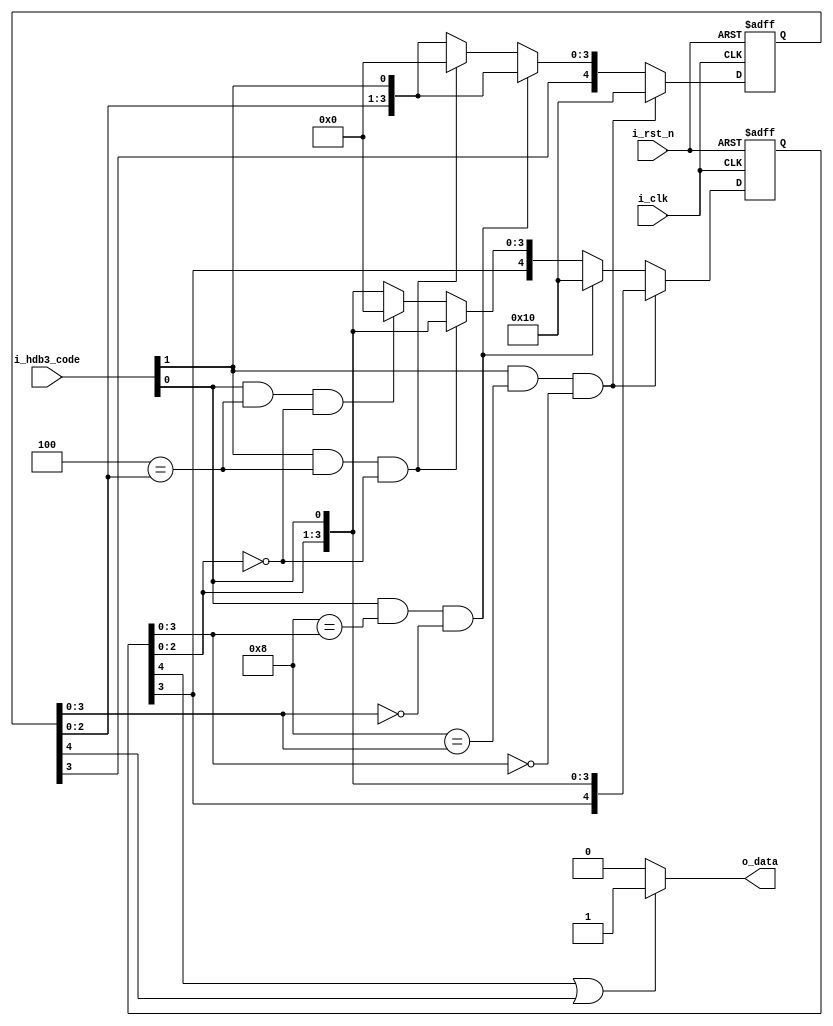
//*******************************FILE HEAD**************************************
//*********************Verilog HDL *********************
// FUNCTION        : HDB3
// AUTHOR          : 
// DATE & REVISION : 
// COMPANY         : Verilog HDL 
// UPDATE          :
//******************************************************************************
`timescale 1ns/1ns

module hdb3_decode
    (
        input i_rst_n, //
        input i_clk, //
        
        input [1 : 0] i_hdb3_code,
        output o_data   
    );
    
    //o_data
    reg [4 : 0] r_hdb3_plus;
    reg [4 : 0] r_hdb3_minus;

    
    assign o_data = (1'b1 == r_hdb3_minus[4] || 1'b1 == r_hdb3_plus[4])? 1'b1 : 1'b0;
    
    always @(posedge i_clk, negedge i_rst_n) 
    begin
        if(1'b0 == i_rst_n)
        begin
            r_hdb3_plus <= 5'b00000;
            r_hdb3_minus <= 5'b00000;
        end
        else
        begin
            if(1'b1 == i_hdb3_code[1] && 4'b1000 == r_hdb3_plus[3 : 0] && 4'b0000 == r_hdb3_minus[3 : 0])
            begin
                r_hdb3_plus <= 5'b10000;
                r_hdb3_minus <= {r_hdb3_minus[3 : 0], i_hdb3_code[0]};
            end
            else if(1'b1 == i_hdb3_code[0] && 4'b1000 == r_hdb3_minus[3 : 0] && 4'b0000 == r_hdb3_plus[3 : 0])
            begin
                r_hdb3_minus <= 5'b10000;
                r_hdb3_plus <= {r_hdb3_plus[3 : 0], i_hdb3_code[1]};
            end
            else if(1'b1 == i_hdb3_code[1] && 3'b100 == r_hdb3_plus[2 : 0] && 3'b000 == r_hdb3_minus[2 : 0])
            begin
                r_hdb3_plus <= {r_hdb3_plus[3], 4'b0000};
                r_hdb3_minus <= {r_hdb3_minus[3 : 0], i_hdb3_code[0]};
            end
            else if(1'b1 == i_hdb3_code[0] && 3'b100 == r_hdb3_plus[2 : 0] && 3'b000 == r_hdb3_minus[2 : 0])
            begin
                r_hdb3_minus <= {r_hdb3_minus[3], 4'b0000};
                r_hdb3_plus <= {r_hdb3_plus[3 : 0], i_hdb3_code[1]};
            end
            else
            begin
                r_hdb3_plus <= {r_hdb3_plus[3 : 0], i_hdb3_code[1]};
                r_hdb3_minus <= {r_hdb3_minus[3 : 0], i_hdb3_code[0]};
            end               
        end
	end
	    
endmodule
// END OF hdb3_decode.v FILE ***************************************************